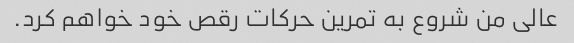
عالی من شروع به تمرین حرکات رقص خود خواهم کرد.